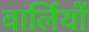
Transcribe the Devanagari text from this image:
वार्लियों